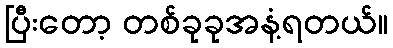
ပြီးတော့ တစ်ခုခုအနံ့ရတယ်။